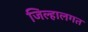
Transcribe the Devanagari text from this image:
जिल्हालगत